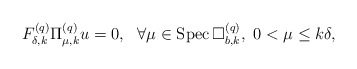
\begin{align*}F^{(q)}_{\delta,k}\Pi^{(q)}_{\mu,k}u=0,\ \ \forall\mu\in{\rm Spec\,}\Box^{(q)}_{b,k},\ 0<\mu\leq k\delta,\end{align*}